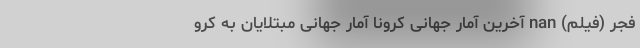
فجر (فیلم) nan آخرین آمار جهانی کرونا آمار جهانیِ مبتلایان به کرو